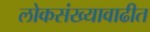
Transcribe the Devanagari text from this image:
लोकसंख्यावाढीत